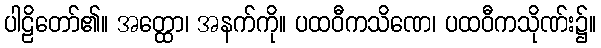
ပါဠိတော်၏။ အတ္ထော၊ အနက်ကို။ ပထဝီကသိဏေ၊ ပထဝီကသိုဏ်း၌။